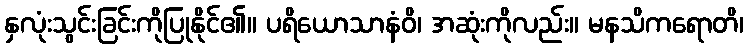
နှလုံးသွင်းခြင်းကိုပြုနိုင်၏။ ပရိယောသာနံဝိ၊ အဆုံးကိုလည်း။ မနသိကရောတိ၊